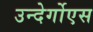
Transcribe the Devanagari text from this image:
उन्देर्गोएस